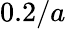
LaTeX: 0.2/a